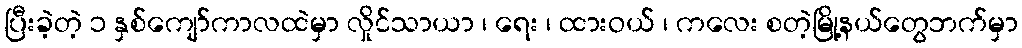
ပြီးခဲ့တဲ့ ၁ နှစ်ကျော်ကာလထဲမှာ လှိုင်သာယာ ၊ ရေး ၊ ထားဝယ် ၊ ကလေး စတဲ့မြို့နယ်တွေဘက်မှာ